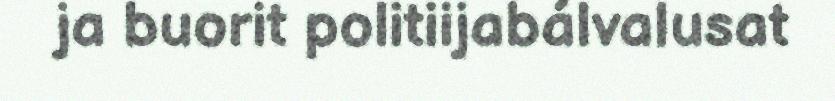
ja buorit politiijabálvalusat